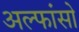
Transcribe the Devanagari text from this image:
अल्फांसो